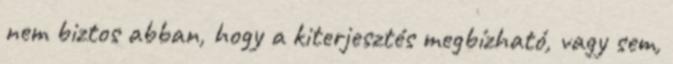
nem biztos abban, hogy a kiterjesztés megbízható, vagy sem,